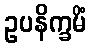
ဥပနိက္ခမိံ